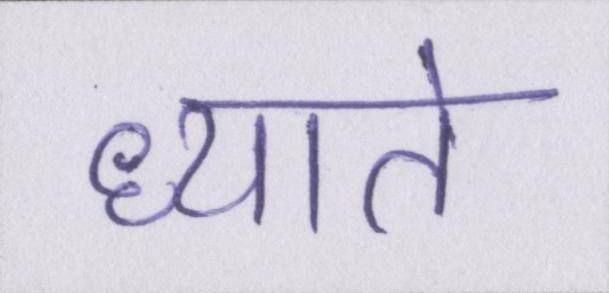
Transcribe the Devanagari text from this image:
ध्याते